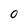
Character: O